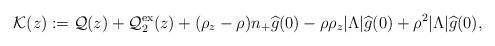
LaTeX: \begin{align*}\mathcal K(z) &:= \mathcal Q(z) + \mathcal Q_2^{\rm{ex}}(z) + (\rho_z -\rho)n_+ \widehat{g}(0) - \rho \rho_z |\Lambda| \widehat{g}(0)+ \rho^2|\Lambda|\widehat{g}(0), \end{align*}